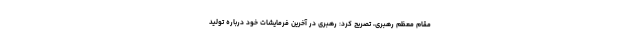
مقام معظم رهبری، تصریح کرد: رهبری در آخرین فرمایشات خود درباره تولید